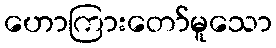
ဟောကြားတော်မူသော